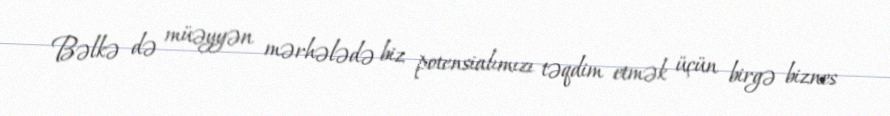
Bəlkə də müəyyən mərhələdə biz potensialımızı təqdim etmək üçün birgə biznes